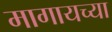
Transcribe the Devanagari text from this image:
मागायच्या